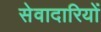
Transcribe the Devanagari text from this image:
सेवादारियों